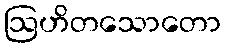
ဩဟိတသောတော